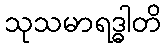
သုသမာရဒ္ဓါတိ